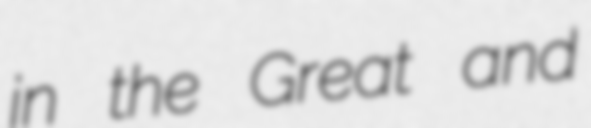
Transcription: in the Great and